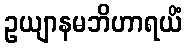
ဥယျာနမဘိဟာရယိံ